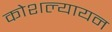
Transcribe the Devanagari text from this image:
कोशल्यायन